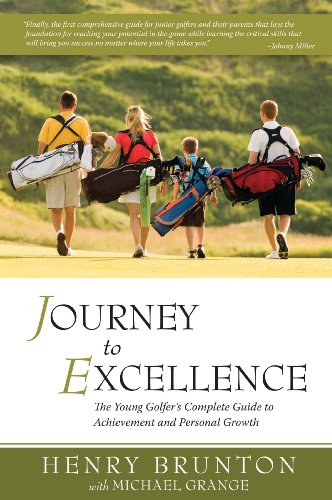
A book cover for Journey to Excellence; Henry Brunton; Sports & Outdoors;